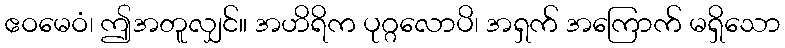
ဧဝမေဝံ၊ ဤအတူလျှင်။ အဟိရိက ပုဂ္ဂလောပိ၊ အရှက် အကြောက် မရှိသော